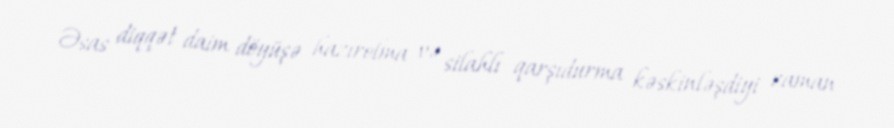
Əsas diqqət daim döyüşə hazırolma və silahlı qarşıdurma kəskinləşdiyi zaman